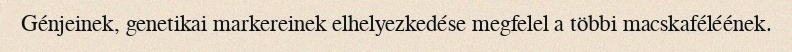
Génjeinek, genetikai markereinek elhelyezkedése megfelel a többi macskaféléének.